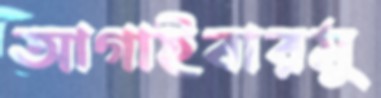
আগাইবারমু